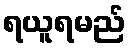
ရယူရမည်